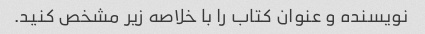
نویسنده و عنوان کتاب را با خلاصه زیر مشخص کنید.